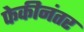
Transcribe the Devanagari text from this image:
फेकीनंतर